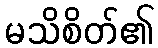
မသိစိတ်၏